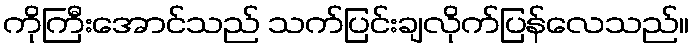
ကိုကြီးအောင်သည် သက်ပြင်းချလိုက်ပြန်လေသည်။